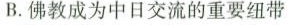
B.佛教成为中日交流的重要纽带